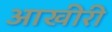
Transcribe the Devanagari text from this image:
आखीरी